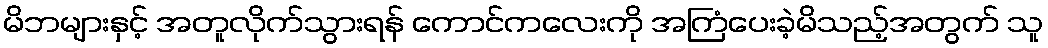
မိဘများနှင့် အတူလိုက်သွားရန် ကောင်ကလေးကို အကြံပေးခဲ့မိသည့်အတွက် သူ